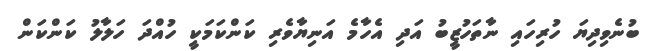
ބުނެވިދިޔަ ހުރިހައި ނާތަހުޒީބު އަދި އެހާމެ އަނިޔާވެރި ކަންކަމަކީ ހުއްދަ ހަލާލު ކަންކަން